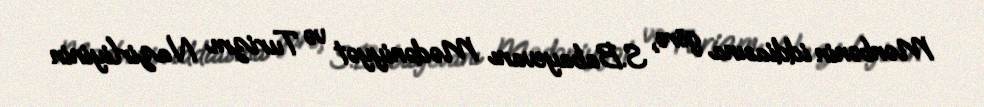
Mənbənin iddiasına görə, S.Babayevanı Mədəniyyət və Turizm Nazirliyinin